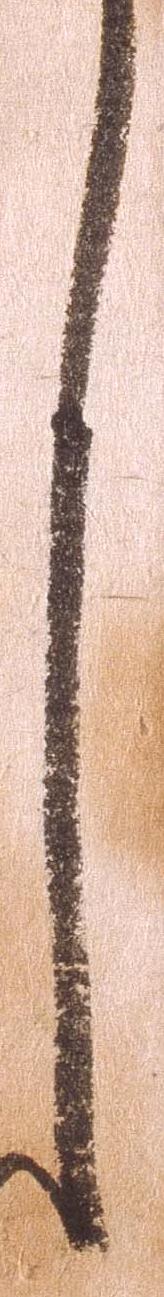
之